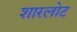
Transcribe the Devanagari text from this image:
शारलोट